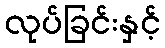
လုပ်ခြင်းနှင့်